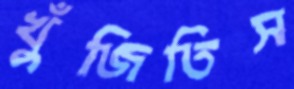
খুঁজিতিস